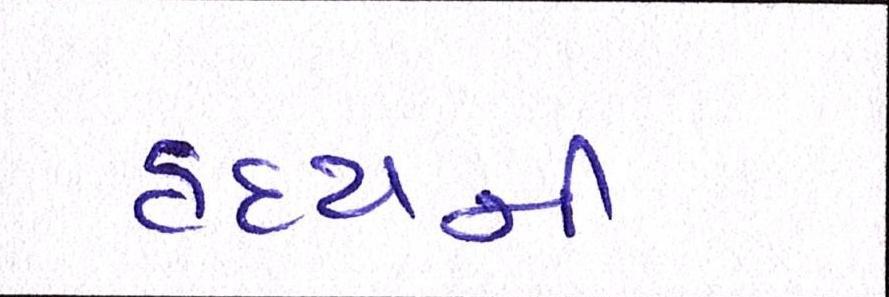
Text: હૃદયની